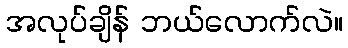
အလုပ်ချိန် ဘယ်လောက်လဲ။